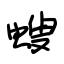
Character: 螋